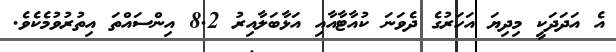
އެ އަދަދަކީ މިދިޔަ އަހަރުގެ ދެވަނަ ކުއާޓާއާއި އަޅާބަލާއިރު 8.2 އިންސައްތަ އިތުރުވުމެކެވެ.